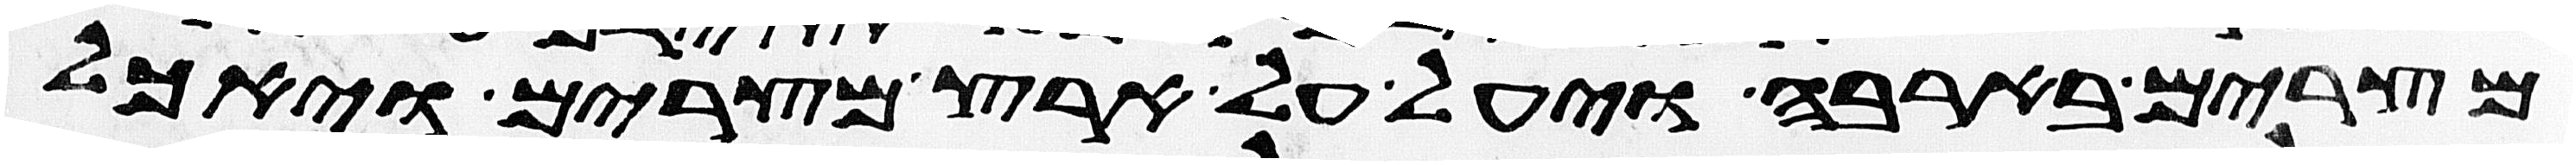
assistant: מצרים בארבה ויעל על ארץ מצרים ויאכל